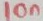
Text: 10n